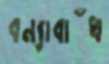
বন্যাবাঁধ